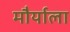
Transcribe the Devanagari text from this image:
मौर्याला